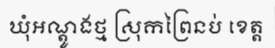
ឃុំអណ្តូងថ្ម ស្រុកព្រៃនប់ ខេត្ត